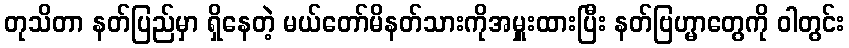
တုသိတာ နတ်ပြည်မှာ ရှိနေတဲ့ မယ်တော်မိနတ်သားကိုအမှူးထားပြီး နတ်ဗြဟ္မာတွေကို ဝါတွင်း